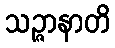
သဉ္ဇာနာတိ